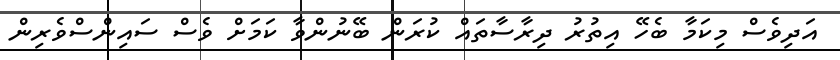
އަދިވެސް މިކަމާ ބެހޭ އިތުރު ދިރާސާތައް ކުރަން ބޭނުންވާ ކަމަށް ވެސް ސައިންސްވެރިން